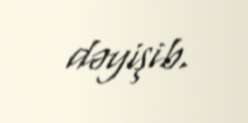
dəyişib.